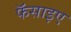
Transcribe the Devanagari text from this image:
फॅसाइए